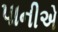
પાનીએ